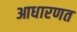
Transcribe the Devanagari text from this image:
आधारणत